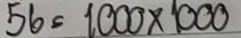
56 = 1000 x 1000